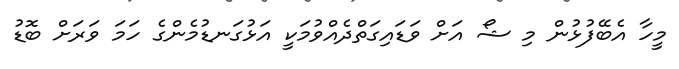
މީހާ އެބޭފުޅުން މި ޝޯ އަށް ވަޑައިގަތްދެއްވުމަކީ އަޅުގަނޑުމެންގެ ހަމަ ވަރަށް ބޮޑު